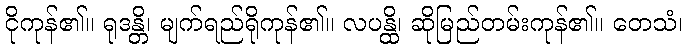
ငိုကုန်၏။ ရုဒန္တိ၊ မျက်ရည်ရိုကုန်၏။ လပန္ထိ၊ ဆိုမြည်တမ်းကုန်၏။ တေသံ၊